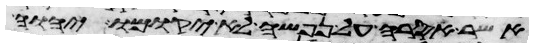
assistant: אשר אסרה על נפשה לא יקומו ויהוה